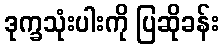
ဒုက္ခသုံးပါးကို ပြဆိုခန်း